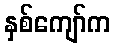
နှစ်ကျော်က